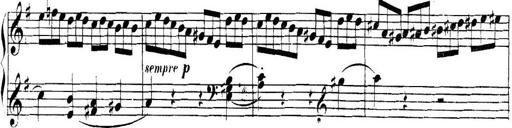
Title: Collected Piano Sonatas
Composer: Muzio Clementi